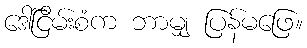
ဒေါ်ငြိမ်းစံက ဘာမျှ ပြန်မဖြေ။